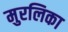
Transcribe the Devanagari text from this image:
मुरलिका